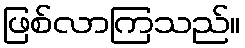
ဖြစ်လာကြသည်။